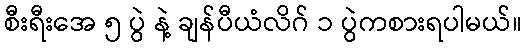
စီးရီးအေ ၅ ပွဲ နဲ့ ချန်ပီယံလိဂ် ၁ ပွဲကစားရပါမယ်။